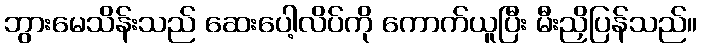
ဘွားမေသိန်းသည် ဆေးပေါ့လိပ်ကို ကောက်ယူပြီး မီးညှိပြန်သည်။